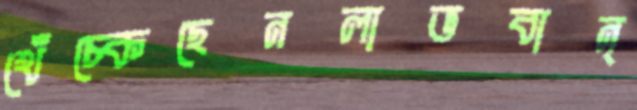
খেঁচ্‌কেছেনলাভবান্